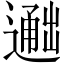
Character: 𬩐